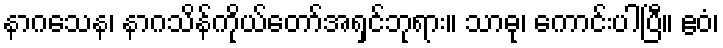
နာဂသေန၊ နာဂသိန်ကိုယ်တော်အရှင်ဘုရား။ သာဓု၊ ကောင်းပါပြီ။ ဧဝံ၊